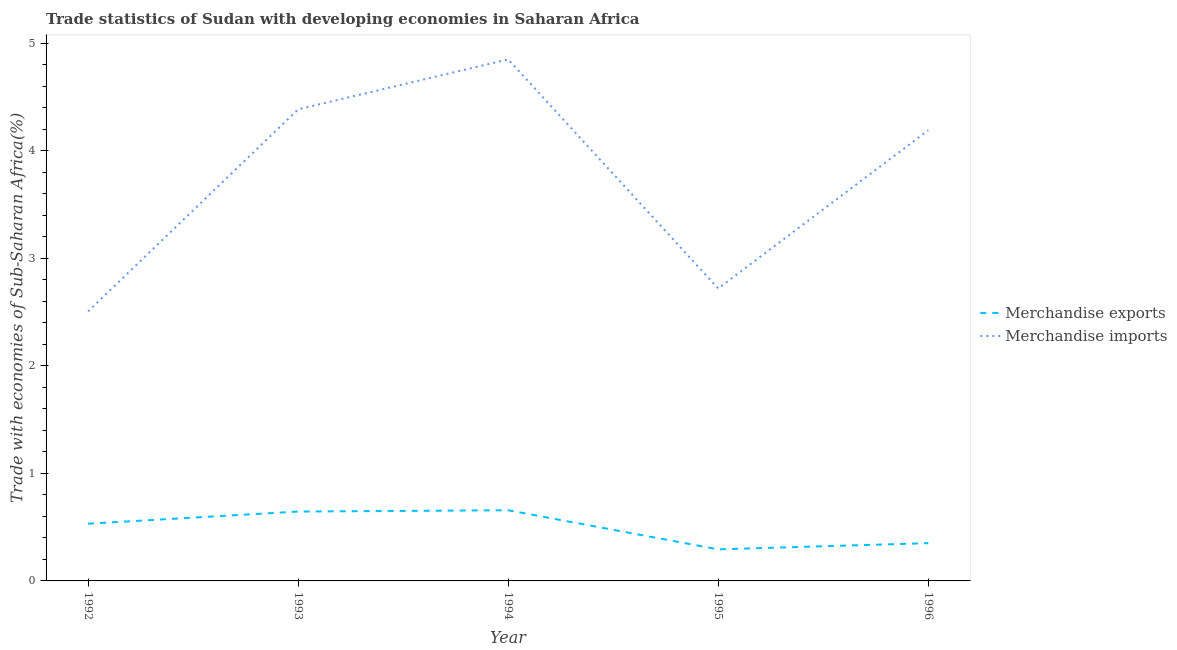
| Year | Merchandise exports | Merchandise imports |
 | --- | --- | --- |
 | 1992 | 0.532 | 2.51 |
 | 1993 | 0.645 | 4.39 |
 | 1994 | 0.657 | 4.85 |
 | 1995 | 0.294 | 2.72 |
 | 1996 | 0.351 | 4.19 |